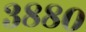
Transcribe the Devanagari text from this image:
३८८०